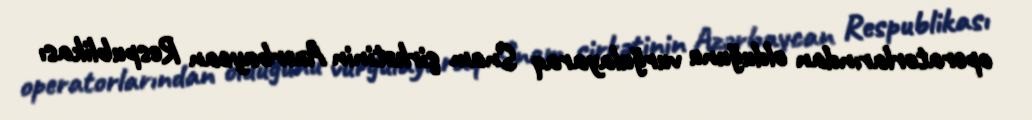
operatorlarından olduğunu vurğulayaraq Snam şirkətinin Azərbaycan Respublikası